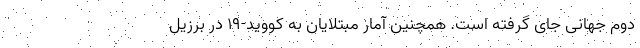
دوم جهانی جای گرفته است. همچنین آمار مبتلایان به کووید-۱۹ در برزیل